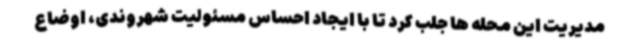
مدیریت این محله ها جلب کرد تا با ایجاد احساس مسئولیت شهروندی، اوضاع